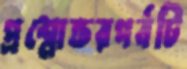
প্রশ্নোত্তরপর্বটি